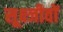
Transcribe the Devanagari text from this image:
सूक्ष्जीवों